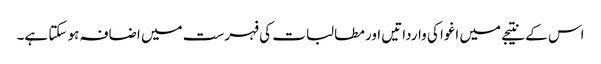
اس کے نتیجے میں اغوا کی وارداتیں اور مطالبات کی فہرست میں اضافہ ہو سکتا ہے۔